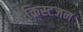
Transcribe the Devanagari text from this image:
क्रिस्टजन